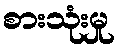
စားသုံးမှု